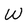
Character: W